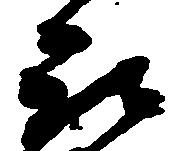
被